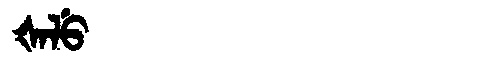
Manchu: ᡧᠠᠯᡠ
Romanization: ŠALU